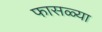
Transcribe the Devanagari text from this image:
फासळ्या